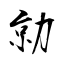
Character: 勍